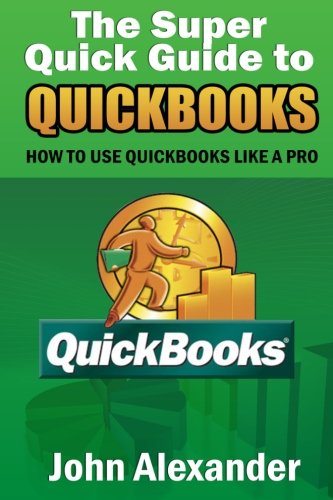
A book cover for The Super Quick Guide to Quickbooks: How to Use Quickbooks Like a Pro; John Alexander; Computers & Technology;